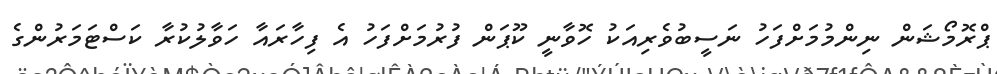
ޕްރޮމޯޝަން ނިންމުމަށްފަހު ނަސީބުވެރިއަކު ހޮވާނީ ކޫޕަން ފުރުމަށްފަހު އެ ފިހާރައާ ހަވާލުކުރާ ކަސްޓަމަރުންގެ